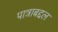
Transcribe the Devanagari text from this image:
पात्राबद्दल